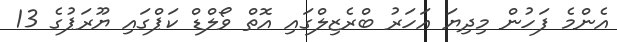
އެންމެ ފަހުން މިދިޔަ އަހަރު ބްރެޒިލްގައި އޮތް ވޯލްޑް ކަޕްގައި ޔޫރަޕުގެ 13